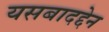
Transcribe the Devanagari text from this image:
यसबादद्देन